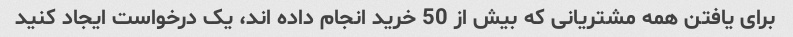
برای یافتن همه مشتریانی که بیش از 50 خرید انجام داده اند، یک درخواست ایجاد کنید